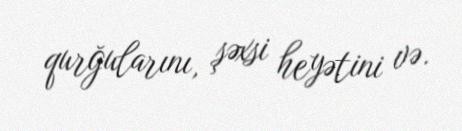
qurğularını, şəxsi heyətini və.